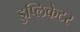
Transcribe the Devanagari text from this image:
डुप्लिकेटर